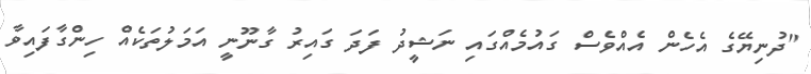
"ދުނިޔޭގެ އެހެން އެއްވެސް ގައުމެއްގައި ނަޝީދު ފަދަ ގައިރު ގާނޫނީ އަމަލުތަކެއް ހިންގާފައިވާ